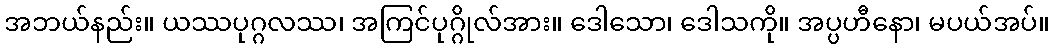
အဘယ်နည်း။ ယဿပုဂ္ဂလဿ၊ အကြင်ပုဂ္ဂိုလ်အား။ ဒေါသော၊ ဒေါသကို။ အပ္ပဟီနော၊ မပယ်အပ်။